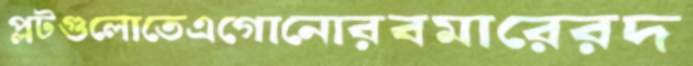
প্লটগুলোতেএগোনোরবমারেরদ